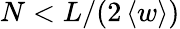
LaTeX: N<L/(2\left<w\right>)